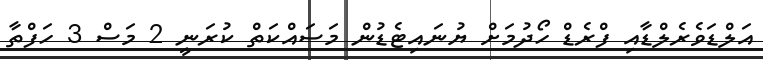
އަލްޑަވެރެލްޑާއި ފްރެޑް ހޯދުމަށް ޔުނައިޓެޑުން މަސައްކަތް ކުރަނީ 2 މަސް 3 ހަފްތާ